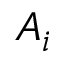
A _ { i }